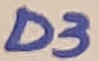
Text: D3